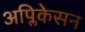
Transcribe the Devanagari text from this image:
अप्लिकेसन